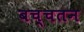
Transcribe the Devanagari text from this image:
बच्चतन